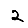
Digit: 2